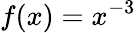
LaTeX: f(x)=x^{-3}